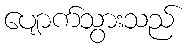
ပျောက်သွားသည်